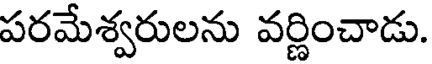
పరమేశ్వరులను వర్ణించాడు.